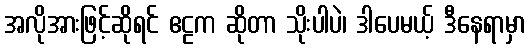
အလိုအားဖြင့်ဆိုရင် ဧဠက ဆိုတာ သိုးပါပဲ၊ ဒါပေမယ့် ဒီနေရာမှာ